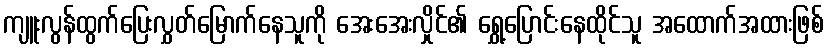
ကျူးလွန်ထွက်ပြေးလွှတ်မြောက်နေသူကို အေးအေးလှိုင်၏ ရွှေ့ပြောင်းနေထိုင်သူ အထောက်အထားဖြစ်